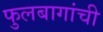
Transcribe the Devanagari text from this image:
फुलबागांची